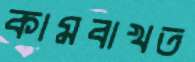
কামবাখত